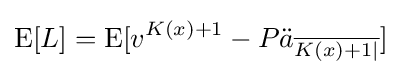
\operatorname {E} [L]=\operatorname {E} [v^{K(x)+1}-P{\ddot {a}}_{\overline {K(x)+1|}}]